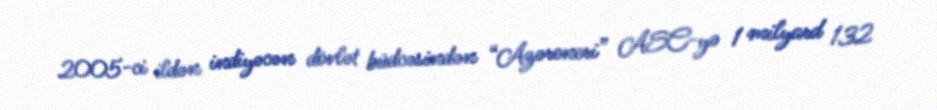
2005-ci ildən indiyəcən dövlət büdcəsindən “Azəreneri” ASC-yə 1 milyard 132